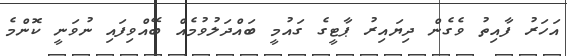
އަހަރު ފާއިތު ވެގެން ދިޔައިރު ޕާޓީގެ ގައުމީ ބައްދަލުވުމެއް ބޭއްވިފައި ނުވަނީ ކޮންމެ